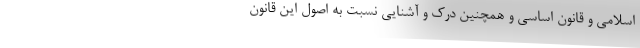
اسلامی و قانون اساسی و همچنین درک و آشنایی نسبت به اصول این قانون